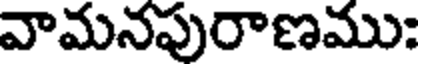
వామనపురాణము: